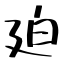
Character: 廹